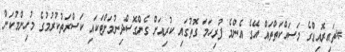
*ތައިރޮއިޑްގެ މަސައްކަތްތައް އޭގެ އެންމެ ފުރިހަމަ ގޮތުގައި ކުރިއަށް ގެންގޮސްދިނުމަށްޓަކައި ކަސްރަތުކުރުމުގެ މުހިންމުކަން